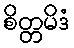
စိတ္တမိဒံ